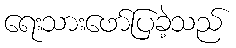
ရေးသားဖော်ပြခဲ့သည်